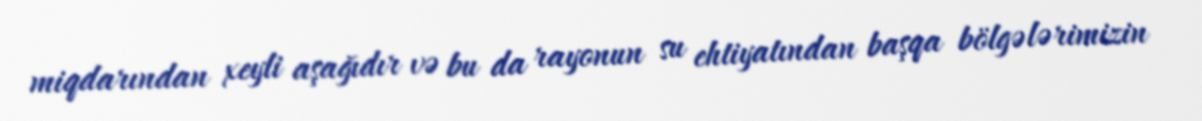
miqdarından xeyli aşağıdır və bu da rayonun su ehtiyatından başqa bölgələrimizin